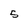
Character: 5